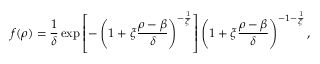
f ( \rho ) = \frac { 1 } { \delta } \exp \left[ - \left( 1 + \xi \frac { \rho - \beta } { \delta } \right) ^ { - \frac { 1 } { \xi } } \right] \left( 1 + \xi \frac { \rho - \beta } { \delta } \right) ^ { - 1 - \frac { 1 } { \xi } } ,